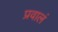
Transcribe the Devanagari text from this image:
प्रवालं